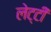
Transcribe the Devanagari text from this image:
लेट्टी